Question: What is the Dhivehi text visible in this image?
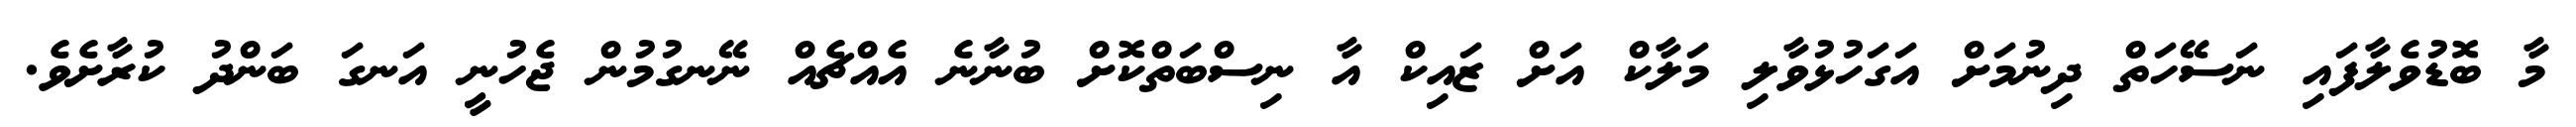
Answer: މާ ބޮޑުވެލާފައި ނަސޭހަތް ދިނުމަށް އަގަހުޅުވާލި މަލާކް އަށް ޒައިކް އާ ނިސްބަތްކޮށް ބުނާނެ އެއްޗެއް ނޭނގުމުން ޖެހުނީ އަނގަ ބަންދު ކުރާށެވެ.